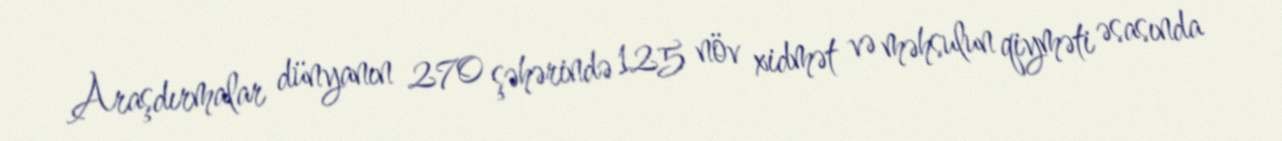
Araşdırmalar dünyanın 270 şəhərində 125 növ xidmət və məhsulun qiyməti əsasında